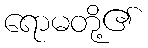
ရောမတို့၏